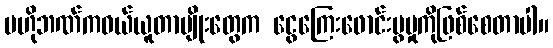
ဗဟိုဘဏ်ကဝယ်ယူတာမျိုးတွေက ငွေကြေးဖောင်းပွမှုကိုဖြစ်စေတာပါ။